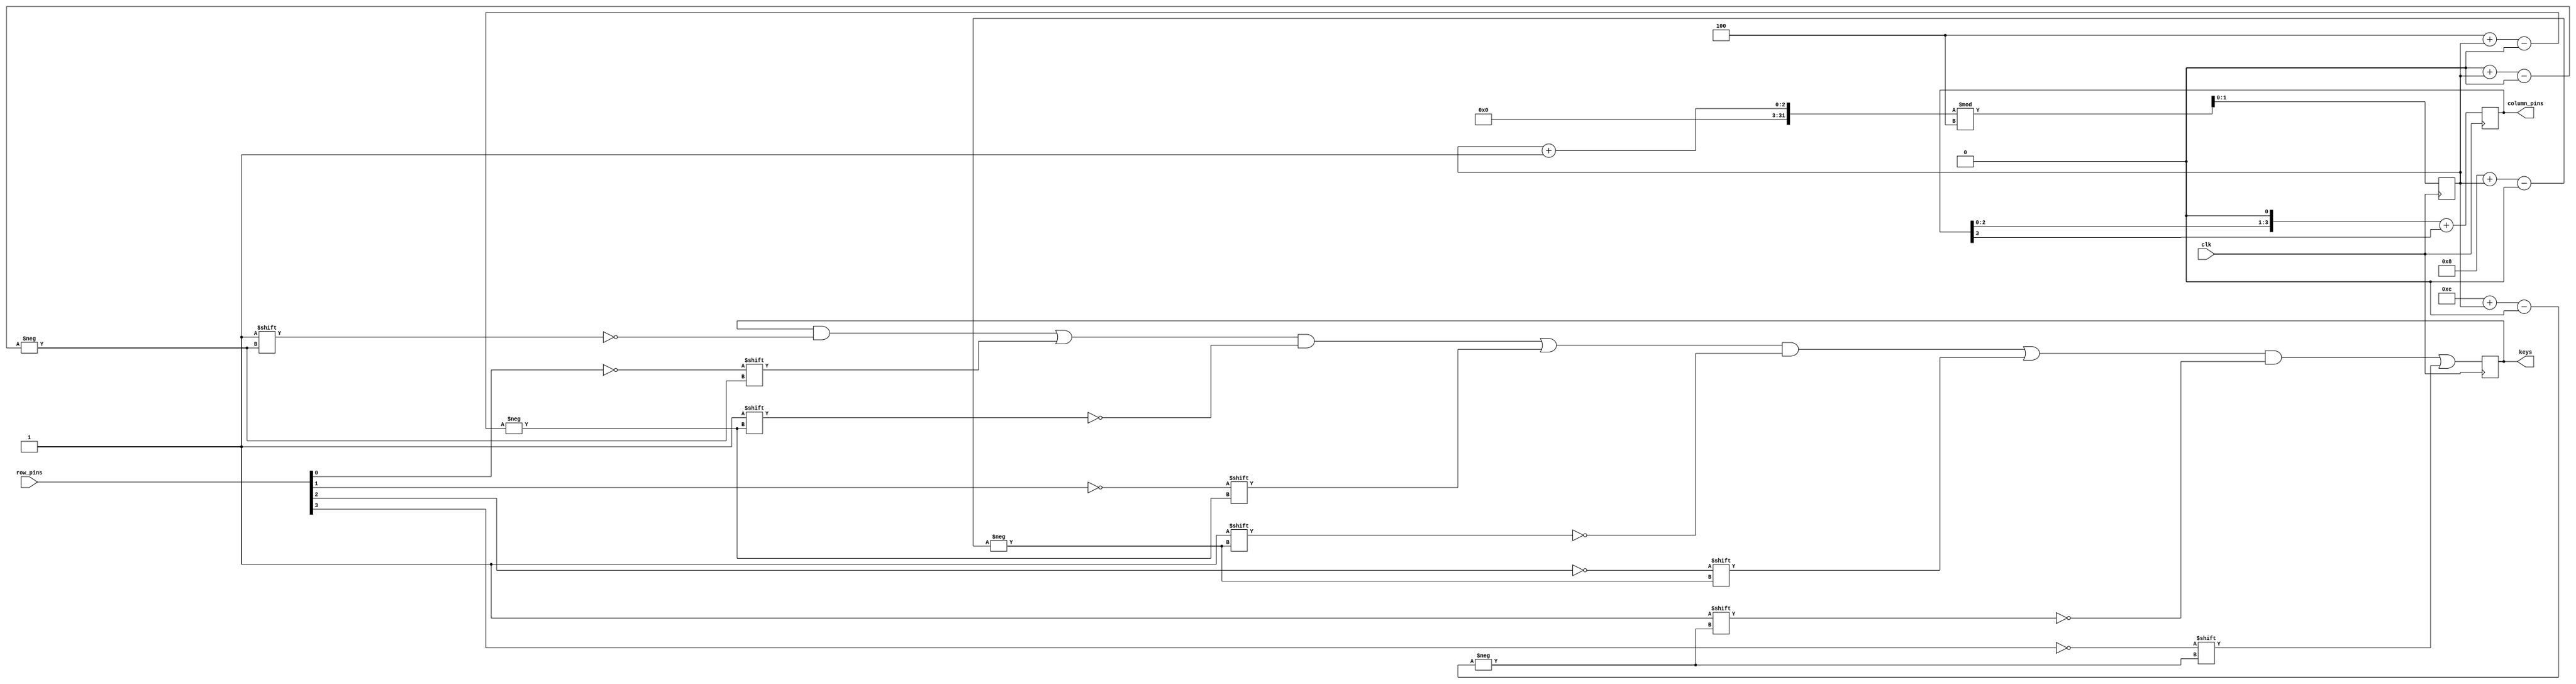
module keypad(input wire clk,
              output reg [3:0]  column_pins,
              input wire [3:0]   row_pins,
              output reg [15:0] keys);

  reg [1:0] column = 0;

  initial begin
    column_pins = 4'b1110;
    keys = 0;
  end

  integer i;

  always @(posedge clk) begin
    for (i = 0; i < 4; i++)
      keys[i*4 + column] <= (row_pins[i] == 0);
    column <= (column + 1) % 4;
    column_pins <= (column_pins << 1) + (column_pins >> 3);
  end
endmodule